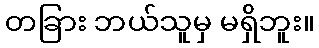
တခြား ဘယ်သူမှ မရှိဘူး။